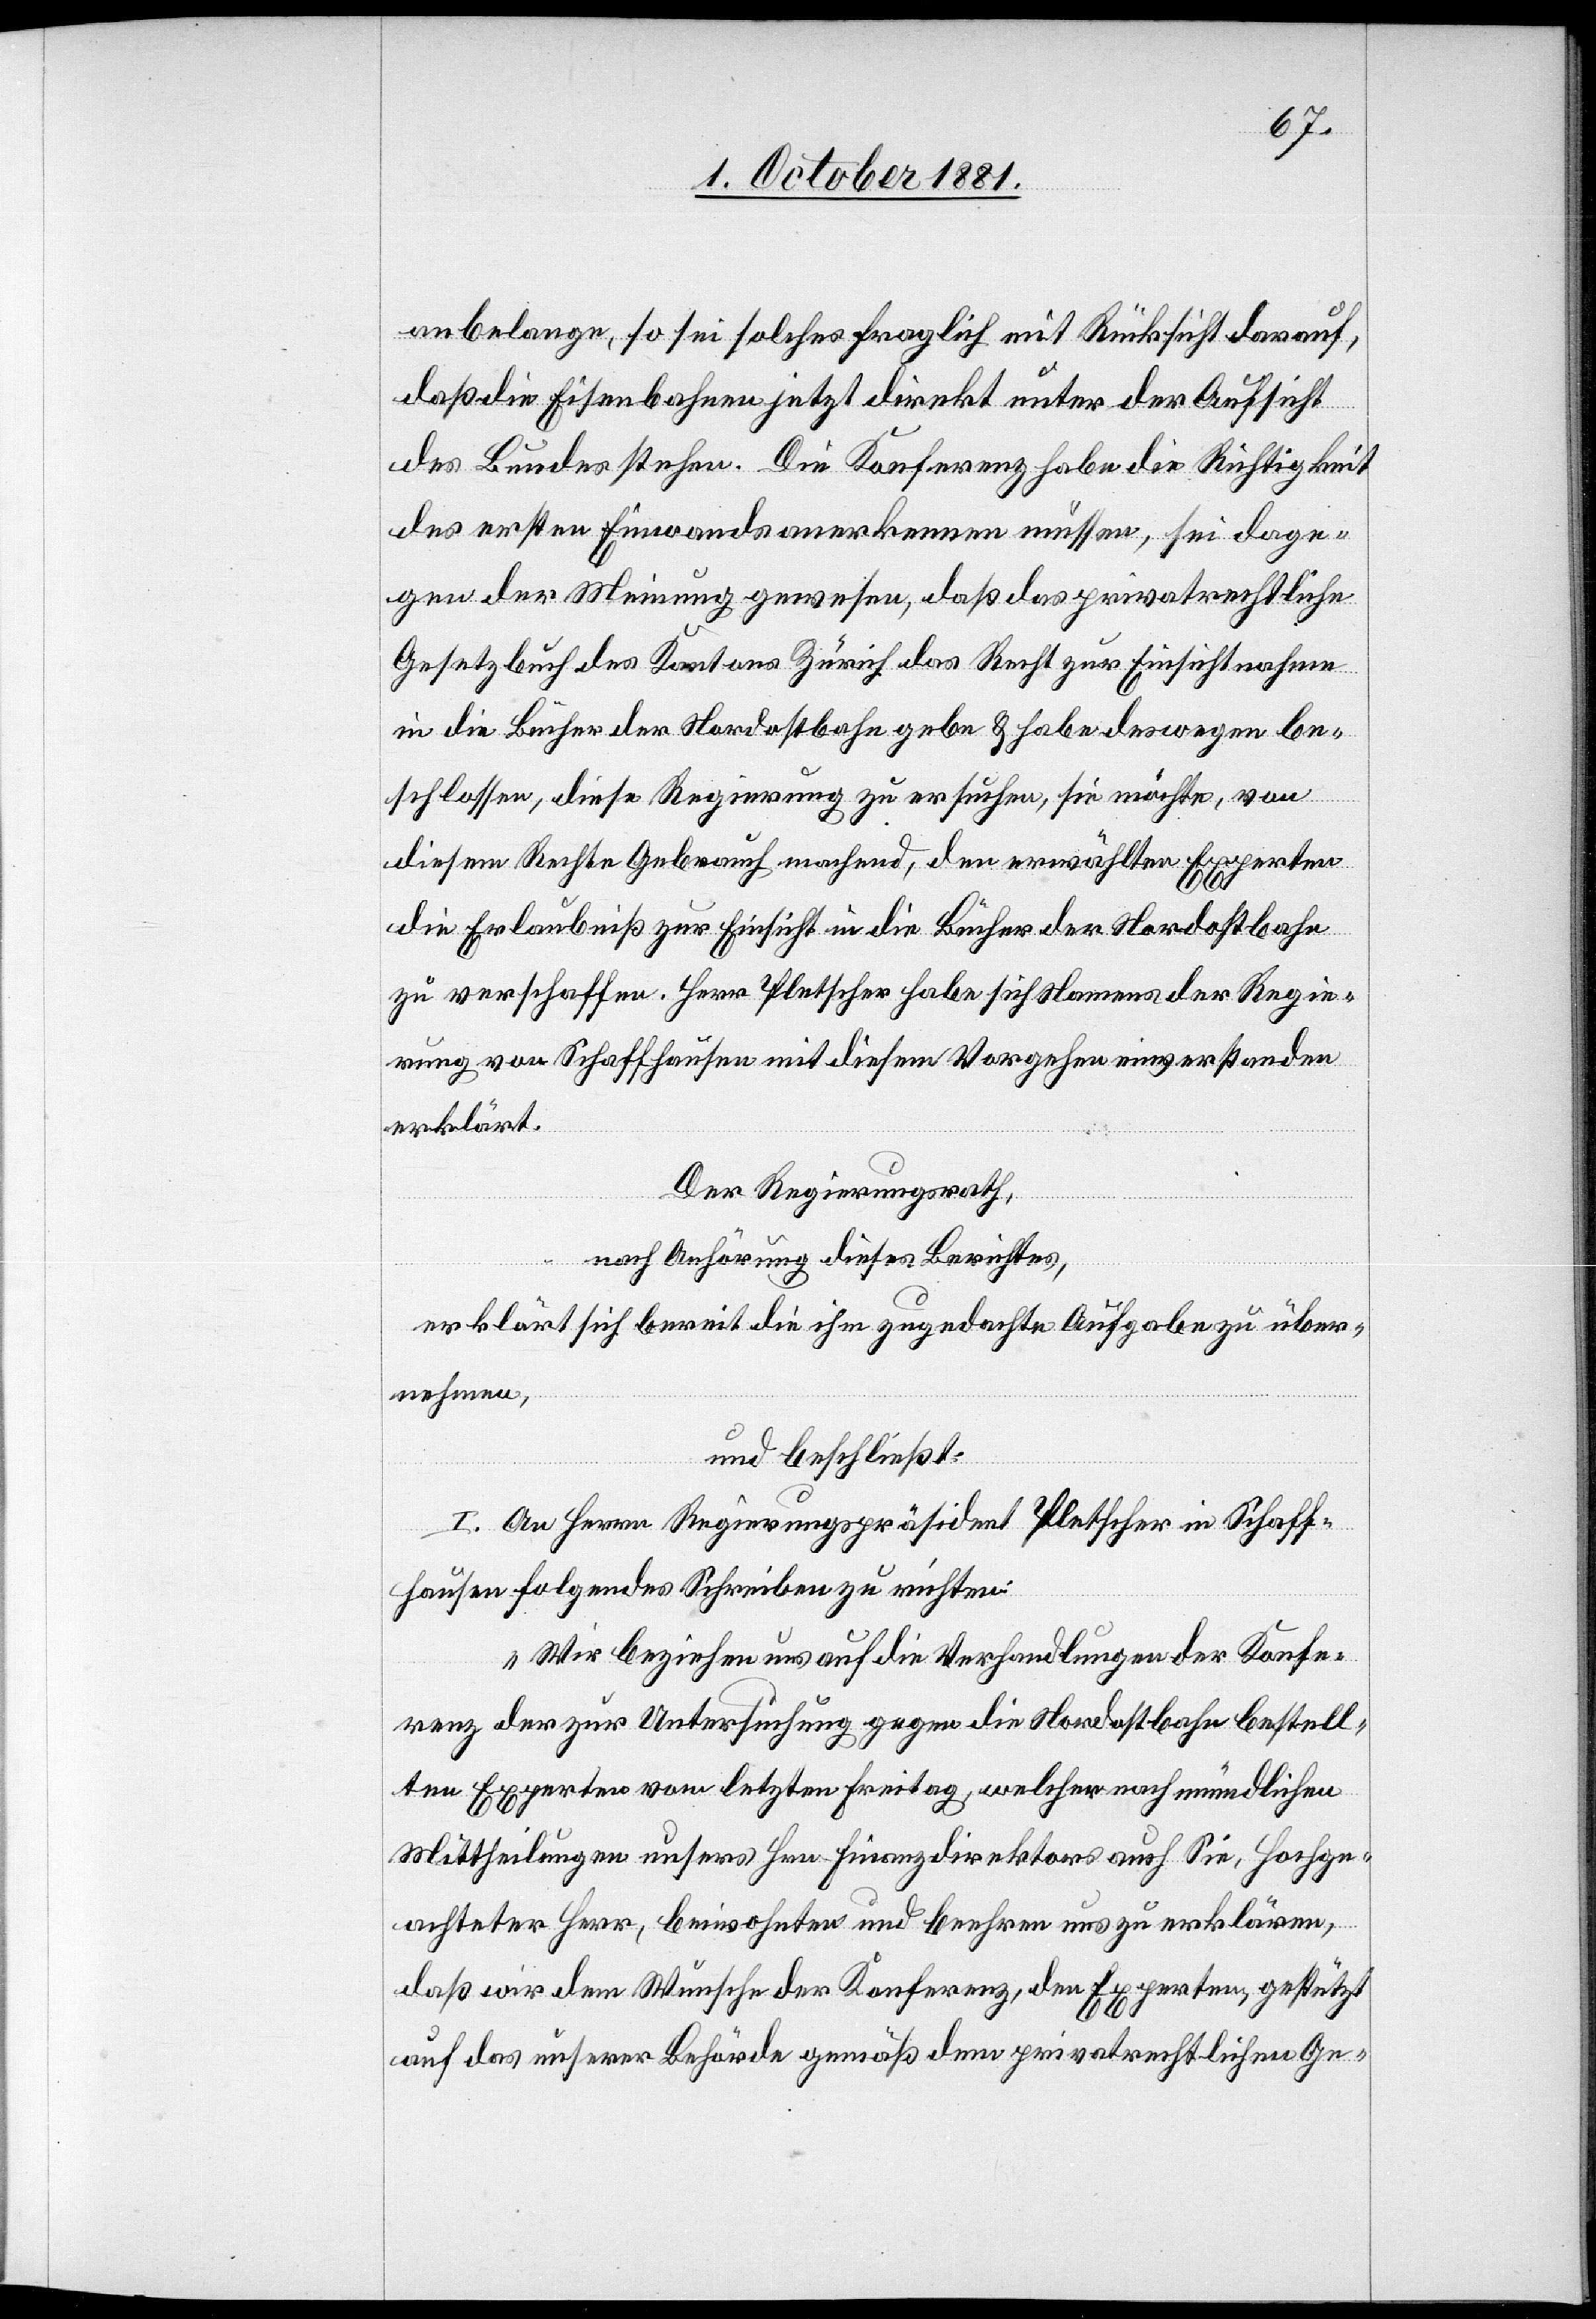
anbelange, so sei solches fraglich mit Rücksicht darauf,
daß die Eisenbahnen jetzt direkt unter der Aufsicht
des Bundes stehen. Die Konferenz habe die Richtigkeit
des ersten Einwands anerkennen müssen, sei dage¬
gen der Meinung gewesen, daß das privatrechtliche
Gesetzbuch des Kantons Zürich das Recht zur Einsichtnahme
in die Bücher der Nordostbahn gebe & habe deswegen be¬
schlossen, diese Regierung zu ersuchen, sie möchte, von
diesem Rechte Gebrauch machend, den erwählten Experten
die Erlaubniß zur Einsicht in die Bücher der Nordostbahn
zu verschaffen. Herr Pletscher habe sich Namens der Regie¬
rung von Schaffhausen mit diesem Vorgehen einverstanden
erklärt.
Der Regierungsrath,
nach Anhörung dieser Berichtes,
erklärt sich bereit ihm zugedachte Aufgabe zu über¬
nehmen,
und beschließt:
I. An Herrn Regierungspräsident Pletscher in Schaff¬
hausen folgendes Schreiben zu richten:
„Wir beziehen uns auf die Verhandlungen der Konfe¬
renz der zur Untersuchung gegen die Nordostbahn bestell¬
ten Experten vom letzten Freitag, welcher nach mündlichen
Mittheilungen unsers Hrn. Finanzdirektors auch Sie, Hochge¬
achteter Herr, beiwohnten und beehren uns zu erklären,
daß wir dem Wunsche der Konferenz, den Experten, gestützt
auf das unserer Behörde gemäß dem privatrechtlichen Ge-